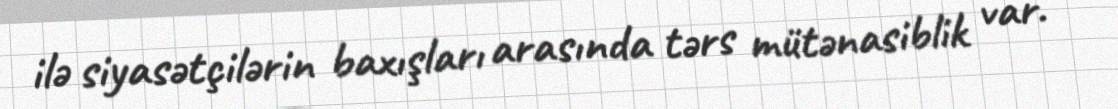
ilə siyasətçilərin baxışları arasında tərs mütənasiblik var.